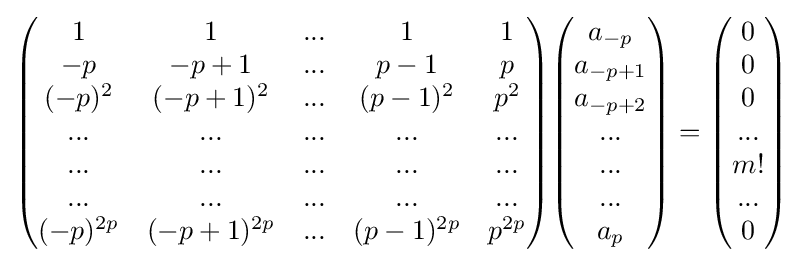
{\begin{pmatrix}1&1&...&1&1\\-p&-p+1&...&p-1&p\\(-p)^{2}&(-p+1)^{2}&...&(p-1)^{2}&p^{2}\\...&...&...&...&...\\...&...&...&...&...\\...&...&...&...&...\\(-p)^{2p}&(-p+1)^{2p}&...&(p-1)^{2p}&p^{2p}\end{pmatrix}}{\begin{pmatrix}a_{-p}\\a_{-p+1}\\a_{-p+2}\\...\\...\\...\\a_{p}\end{pmatrix}}={\begin{pmatrix}0\\0\\0\\...\\m!\\...\\0\end{pmatrix}}